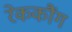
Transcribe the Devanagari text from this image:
रेककौंग